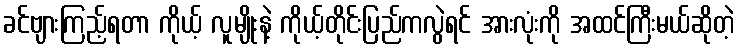
ခင်ဗျားကြည့်ရတာ ကိုယ့် လူမျိုးနဲ့ ကိုယ့်တိုင်းပြည်ကလွဲရင် အားလုံးကို အထင်ကြီးမယ်ဆိုတဲ့